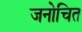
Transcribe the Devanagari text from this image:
जनोचित